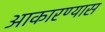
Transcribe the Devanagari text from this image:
आकारण्यास